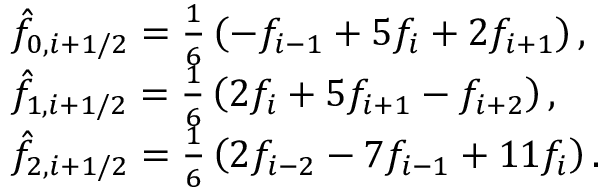
\begin{array} { r l } & { \hat { f } _ { 0 , i + 1 / 2 } = \frac { 1 } { 6 } \left( - f _ { i - 1 } + 5 f _ { i } + 2 f _ { i + 1 } \right) , } \\ & { \hat { f } _ { 1 , i + 1 / 2 } = \frac { 1 } { 6 } \left( 2 f _ { i } + 5 f _ { i + 1 } - f _ { i + 2 } \right) , } \\ & { \hat { f } _ { 2 , i + 1 / 2 } = \frac { 1 } { 6 } \left( 2 f _ { i - 2 } - 7 f _ { i - 1 } + 1 1 f _ { i } \right) . } \end{array}